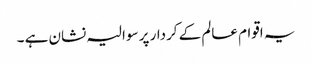
یہ اقوام عالم کے کردار پر سوالیہ نشان ہے ۔